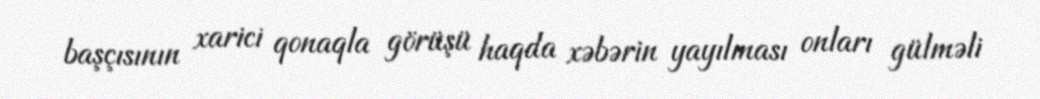
başçısının xarici qonaqla görüşü haqda xəbərin yayılması onları gülməli